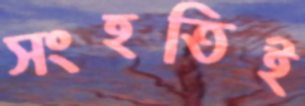
সংহতিই